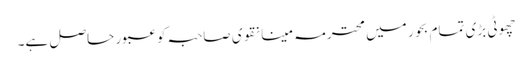
چھوٹی بڑی تمام بحور میں محترمہ مینا نقوی صاحبہ کو عبور حاصل ہے۔